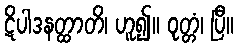
ဋိပါဒနတ္ထာတိ၊ ဟူ၍။ ဝုတ္တံ၊ ပြီ။